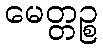
မေတ္တဉ္စ